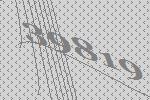
39819